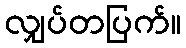
လျှပ်တပြက်။